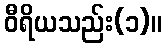
ဝီရိယသည်း(၁)။